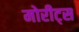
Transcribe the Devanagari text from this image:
मोरीट्स